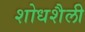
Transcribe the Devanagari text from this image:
शोधशैली